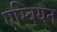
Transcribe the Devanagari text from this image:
एम्बियन